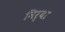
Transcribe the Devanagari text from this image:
निर्‍या